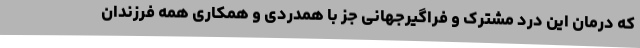
که درمان این درد مشترک و فراگیرجهانی جز با همدردی و همکاری همه فرزندان